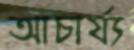
আচার্য্য